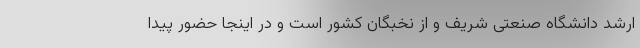
ارشد دانشگاه صنعتی شریف و از نخبگان کشور است و در اینجا حضور پیدا